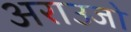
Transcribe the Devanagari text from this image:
अराउजो